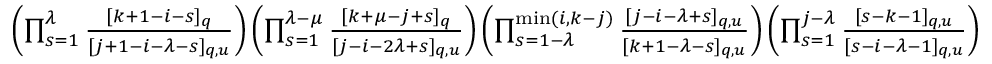
\begin{array} { r } { \textstyle \left( \prod _ { s = 1 } ^ { \lambda } \frac { [ k + 1 - i - s ] _ { q } } { [ j + 1 - i - \lambda - s ] _ { q , u } } \right) \left( \prod _ { s = 1 } ^ { \lambda - \mu } \frac { [ k + \mu - j + s ] _ { q } } { [ j - i - 2 \lambda + s ] _ { q , u } } \right) \left( \prod _ { s = 1 - \lambda } ^ { \operatorname* { m i n } ( i , k - j ) } \frac { [ j - i - \lambda + s ] _ { q , u } } { [ k + 1 - \lambda - s ] _ { q , u } } \right) \left( \prod _ { s = 1 } ^ { j - \lambda } \frac { [ s - k - 1 ] _ { q , u } } { [ s - i - \lambda - 1 ] _ { q , u } } \right) } \end{array}